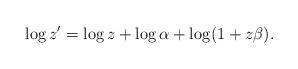
LaTeX: \begin{align*}\log z'=\log z+\log\alpha +\log(1+z\beta).\end{align*}